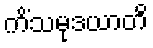
ကိံသမုဒယာတိ